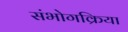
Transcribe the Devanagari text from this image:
संभोगक्रिया